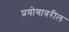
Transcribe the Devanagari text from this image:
प्रयोगावरील